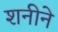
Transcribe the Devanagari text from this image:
शनीने